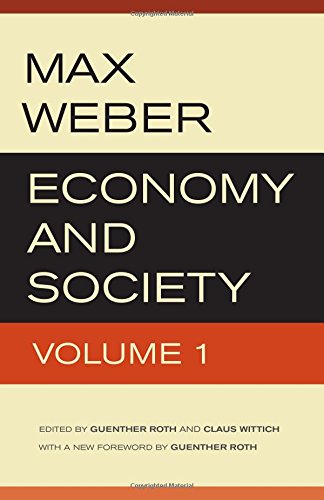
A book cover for Economy and Society (2 Volume Set); Max Weber; Politics & Social Sciences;